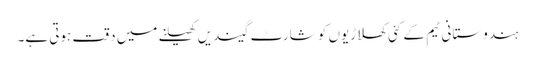
ہندوستانی ٹیم کے کئی کھلاڑیوں کو شارٹ گیندیں کھیلنے میں دقت ہوتی ہے۔